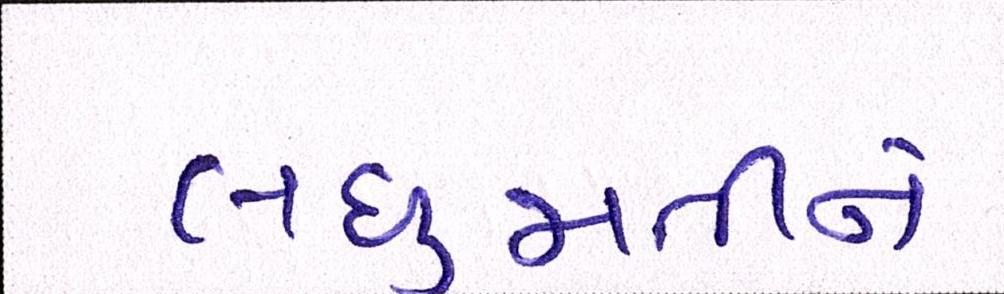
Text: લઘુમતીને